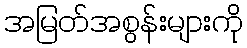
အမြတ်အစွန်းများကို